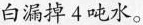
白漏掉4吨水。